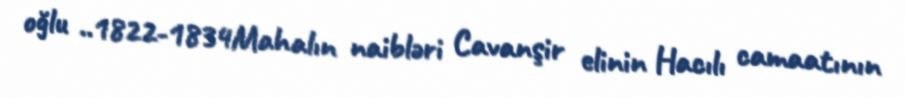
oğlu ..1822-1834Mahalın naibləri Cavanşir elinin Hacılı camaatının